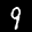
Label: 9